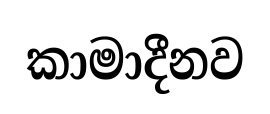
කාමාදීනව